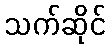
သက်ဆိုင်